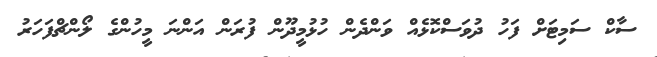
ސާކް ސަމިޓަށް ފަހު ދުވަސްކޮޅެއް ވަންދެން ހުޅުމީދޫން ފުރަން އަންނަ މީހުންގެ ލޯންޗްފަހަރު